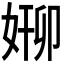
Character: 𫰸